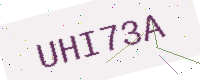
Text: UHI73A